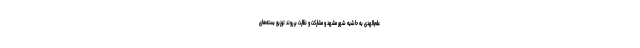
علم‌الهدی به حاشیه شهر مشهد و مشارکت و نظارت بر روند توزیع بسته‌های